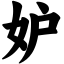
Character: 妒